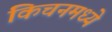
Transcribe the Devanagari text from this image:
किचनमध्ये